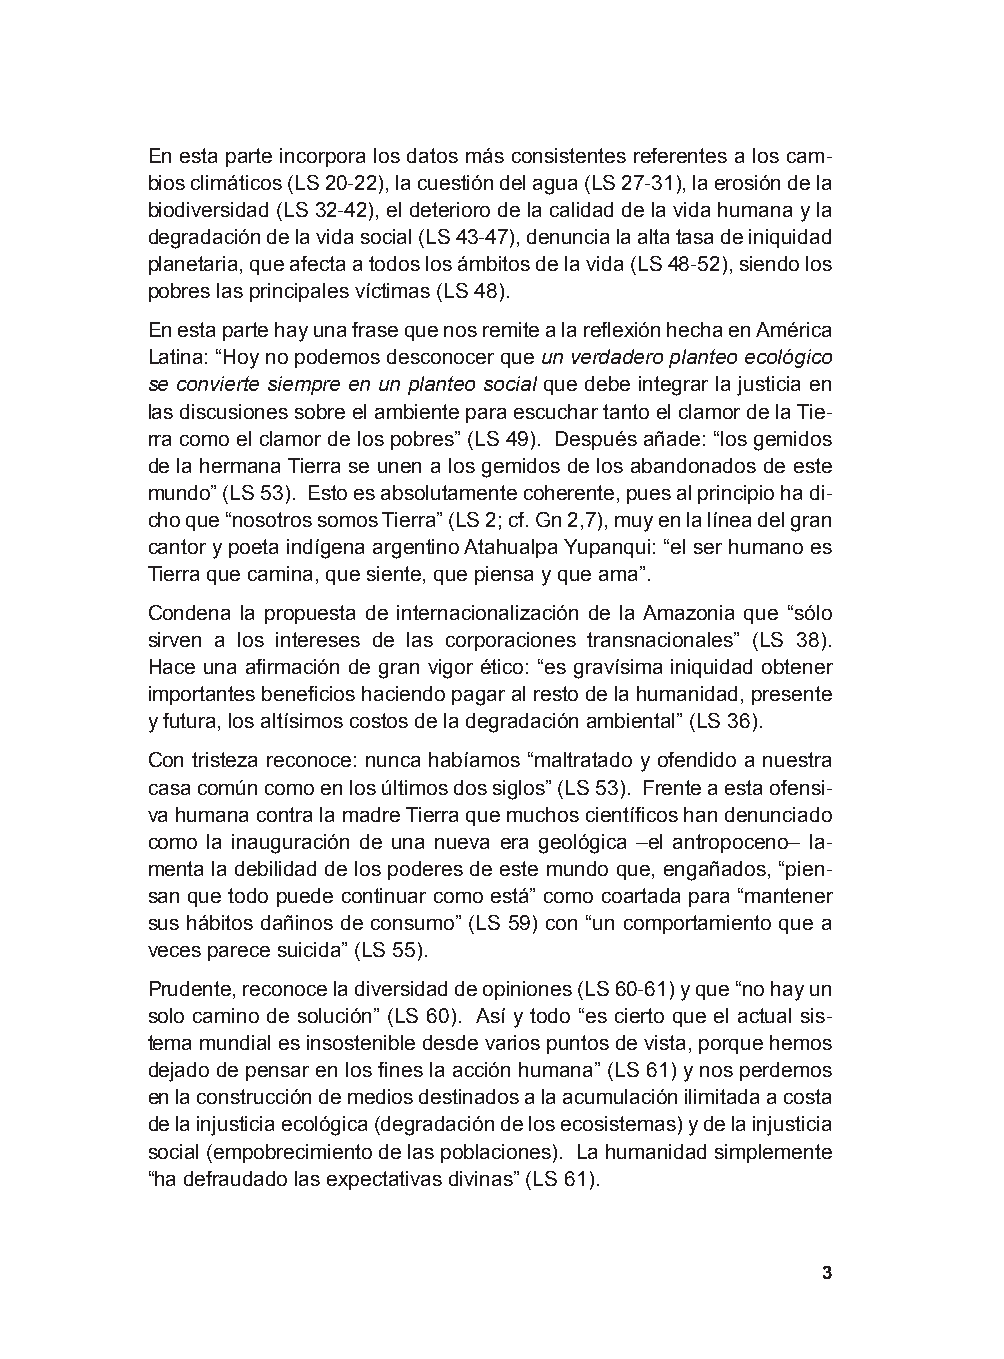
En esta parte incorpora los datos más consistentes referentes a los cam-
 bios climáticos (LS 20-22), la cuestión del agua (LS 27-31), la erosión de la
 biodiversidad (LS 32-42), el deterioro de la calidad de la vida humana y la
 degradación de la vida social (LS 43-47), denuncia la alta tasa de iniquidad
 planetaria, que afecta a todos los ámbitos de la vida (LS 48-52), siendo los
 pobres las principales víctimas (LS 48).
 En esta parte hay una frase que nos remite a la reflexión hecha en América
 Latina: “Hoy no podemos desconocer que un verdadero planteo ecológico
 se convierte siempre en un planteo social que debe integrar la justicia en
 las discusiones sobre el ambiente para escuchar tanto el clamor de la Tie-
 rra como el clamor de los pobres” (LS 49). Después añade: “los gemidos
 de la hermana Tierra se unen a los gemidos de los abandonados de este
 mundo” (LS 53). Esto es absolutamente coherente, pues al principio ha di-
 cho que “nosotros somos Tierra” (LS 2; cf. Gn 2,7), muy en la línea del gran
 cantor y poeta indígena argentino Atahualpa Yupanqui: “el ser humano es
 Tierra que camina, que siente, que piensa y que ama”.
 Condena la propuesta de internacionalización de la Amazonia que “sólo
 sirven a los intereses de las corporaciones transnacionales” (LS 38).
 Hace una afirmación de gran vigor ético: “es gravísima iniquidad obtener
 importantes beneficios haciendo pagar al resto de la humanidad, presente
 y futura, los altísimos costos de la degradación ambiental” (LS 36).
 Con tristeza reconoce: nunca habíamos “maltratado y ofendido a nuestra
 casa común como en los últimos dos siglos” (LS 53). Frente a esta ofensi-
 va humana contra la madre Tierra que muchos científicos han denunciado
 como la inauguración de una nueva era geológica –el antropoceno– la-
 menta la debilidad de los poderes de este mundo que, engañados, “pien-
 san que todo puede continuar como está” como coartada para “mantener
 sus hábitos dañinos de consumo” (LS 59) con “un comportamiento que a
 veces parece suicida” (LS 55).
 Prudente, reconoce la diversidad de opiniones (LS 60-61) y que “no hay un
 solo camino de solución” (LS 60). Así y todo “es cierto que el actual sis-
 tema mundial es insostenible desde varios puntos de vista, porque hemos
 dejado de pensar en los fines la acción humana” (LS 61) y nos perdemos
 en la construcción de medios destinados a la acumulación ilimitada a costa
 de la injusticia ecológica (degradación de los ecosistemas) y de la injusticia
 social (empobrecimiento de las poblaciones). La humanidad simplemente
 “ha defraudado las expectativas divinas” (LS 61).
 3